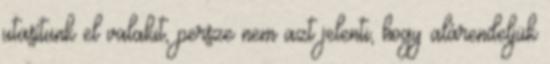
utasítunk el valakit, persze nem azt jelenti, hogy alárendeljük